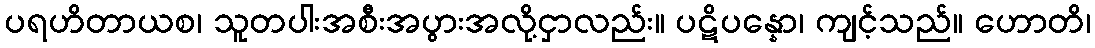
ပရဟိတာယစ၊ သူတပါးအစီးအပွားအလို့ငှာလည်း။ ပဋိပန္နော၊ ကျင့်သည်။ ဟောတိ၊